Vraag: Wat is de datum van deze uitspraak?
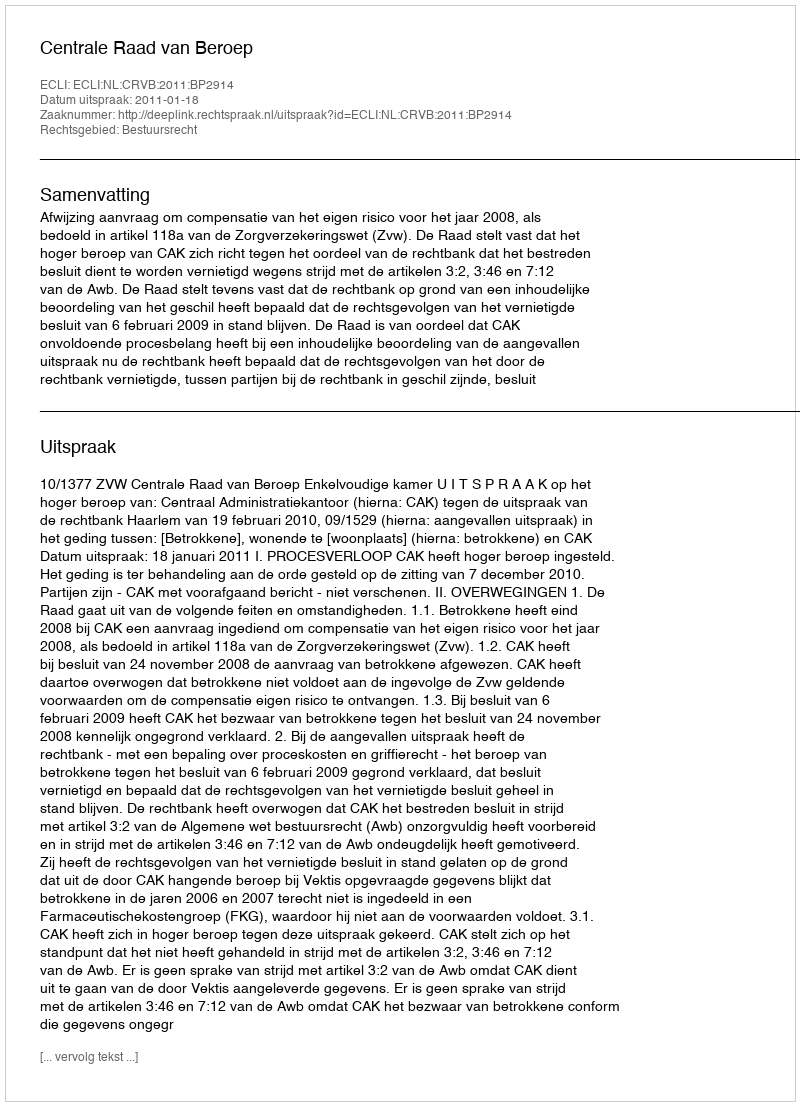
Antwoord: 2011-01-18